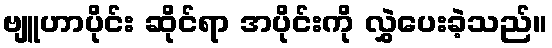
ဗျူဟာပိုင်း ဆိုင်ရာ အပိုင်းကို လွှဲပေးခဲ့သည်။